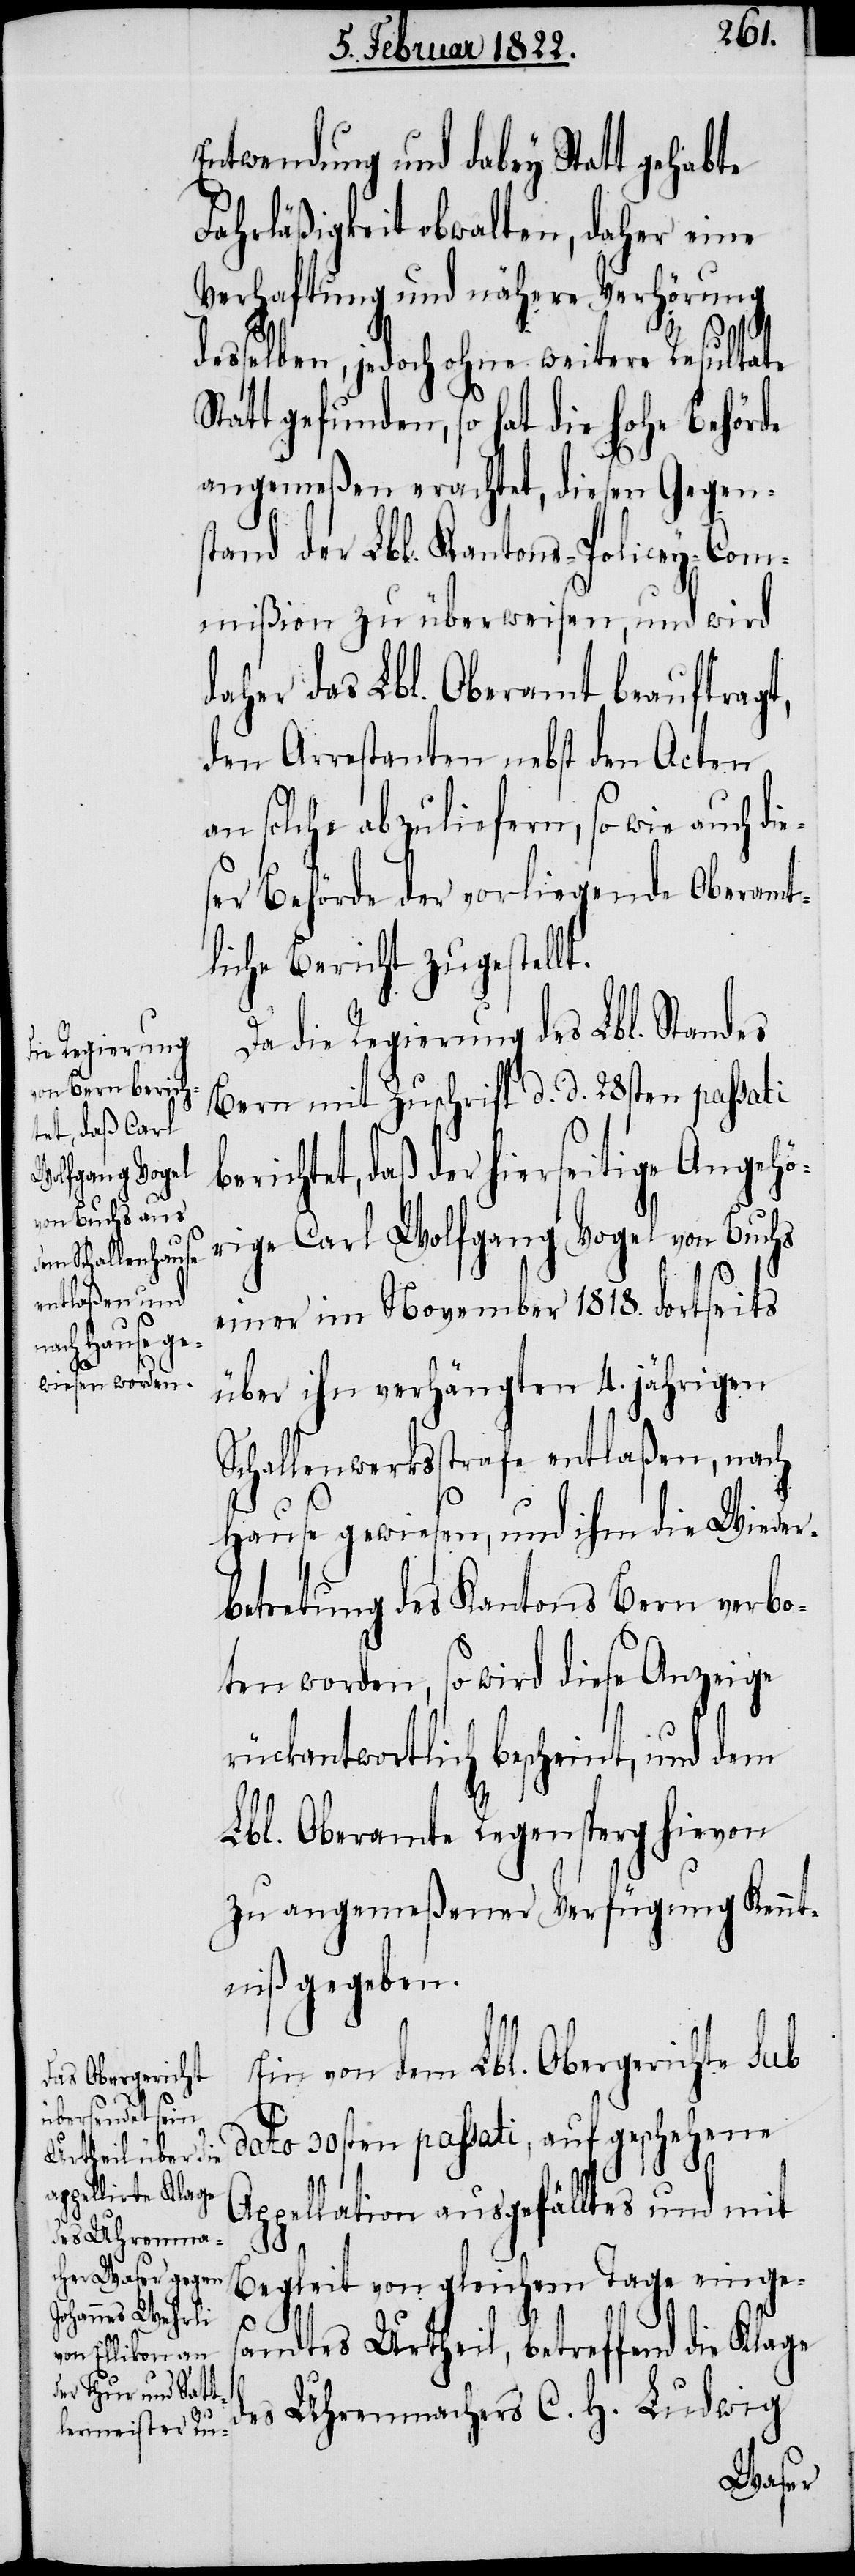
Entwendung und dabey Statt gehabte
Fahrläßigkeit obwalten, daher eine
Verhaftung und nähere Verhörung
desselben, jedoch ohne weitere Resultate
Statt gefunden, so hat die hohe Behörde
angemeßen erachtet, diesen Gegens¬
tand der Lbl. Kantons-Policey-Com¬
mißion zu überweisen, und wird
daher das Lbl. Oberamt beauftragt,
den Arrestanten, nebst den Acten
an solche abzuliefern, so wie auch di¬
ser Behörde der vorliegende Oberamt¬
liche Bericht zugestellt.
Da die Regierung des Lbl. Standes
Bern mit Zuschrift d. d. 28sten passati
richtet, daß der hierseitige Angehö¬
rige Carl Wolfgang Vogel von Buchs
einer im November 1818. dortseits
über ihn verhängten 4. jährigen
Schallenwerksstrafe entlaßen, nach
Hause gewiesen, und ihm die Wieder¬
betretung des Kantons Bern verbo¬
ten worden, so wird diese Anzeige
rückantwortlich bescheint, und dem
Lbl. Oberamte Regensperg hievon
zu angemeßener Verfügung Kennt¬
niß gegeben.
Ein von dem Lbl. Obergerichte sub
dato 30sten passati, auf geschehene
Appellation ausgefälltes und mit
d¬
Begleit von gleichem Tage einges¬
be¬
andtes Urtheil, betreffend die Klage
es Uhrenmachers C. H. Ludwig